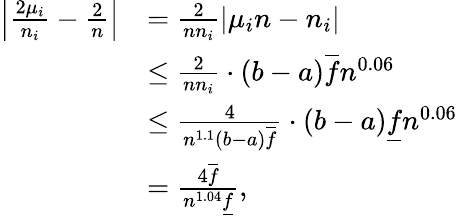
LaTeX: \begin{array}{rl}{\left|\frac{2\mu_{i}}{n_{i}}-\frac{2}{n}\right|}&{=\frac{2}{nn_{i}}|\mu_{i}n-n_{i}|}\\ &{\le\frac{2}{nn_{i}}\cdot(b-a)\overline{{f}}n^{0.06}}\\ &{\le\frac{4}{n^{1.1}(b-a)\overline{{f}}}\cdot(b-a)\underline{{f}}n^{0.06}}\\ &{=\frac{4\overline{{f}}}{n^{1.04}\underline{{f}}},}\end{array}